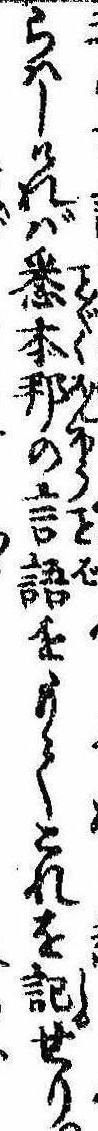
らわしければ悉本邦の言語をもてこれを記せり